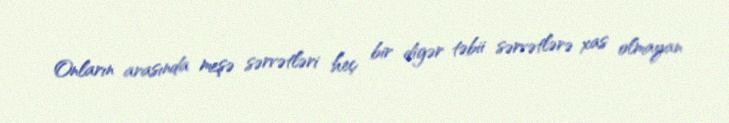
Onların arasında meşə sərvətləri heç bir digər təbii sərvətlərə xas olmayan